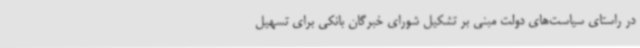
در راستای سیاست‌های دولت مبنی بر تشکیل شورای خبرگان بانکی برای تسهیل